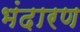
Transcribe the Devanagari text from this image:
भंदारण